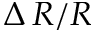
\Delta \, R / R